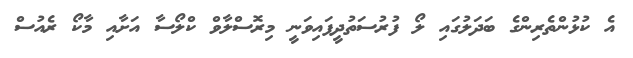
އެ ކުޅުންތެރިންގެ ބަދަލުގައި ލޯ ފުރުސަތުދީފައިވަނީ މިރޮސްލާވް ކްލޯސާ އަށާއި މާކޯ ރެއުސް